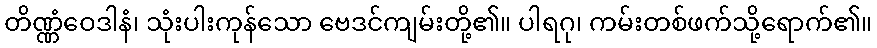
တိဏ္ဏံဝေဒါနံ၊ သုံးပါးကုန်သော ဗေဒင်ကျမ်းတို့၏။ ပါရဂု၊ ကမ်းတစ်ဖက်သို့ရောက်၏။